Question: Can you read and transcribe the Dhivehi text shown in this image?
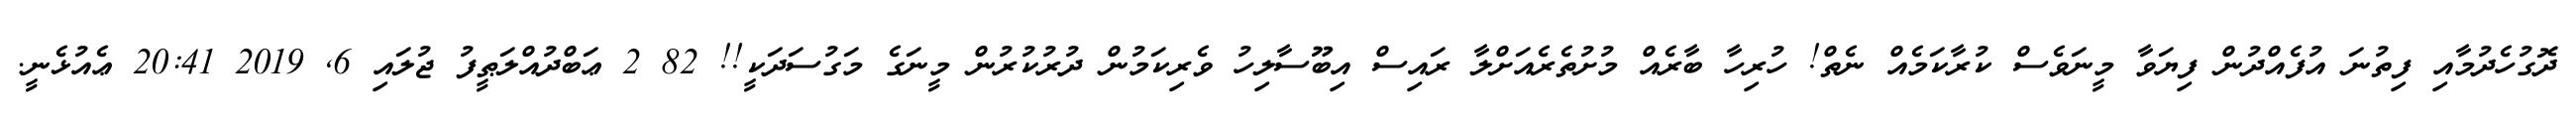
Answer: ދޮގުހެދުމާއި ފިތުނަ އުފެއްދުން ފިޔަވާ މީނަވެސް ކުރާކަމެއް ނެތް! ހުރިހާ ބާރެއް މުށުތެރެއަށްލާ ރައިސް އިބޫސާލިހު ވެރިކަމުން ދުރުކުރުން މީނަގެ މަގުސަދަކީ!! 82 2 ޢަބްދުއްލަޠީފު ޖުލައި 6, 2019 20:41 ޢެއުޅެނީ.